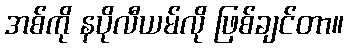
အစ်ကို နပိုလီယမ်လို ဖြစ်ချင်တာ။